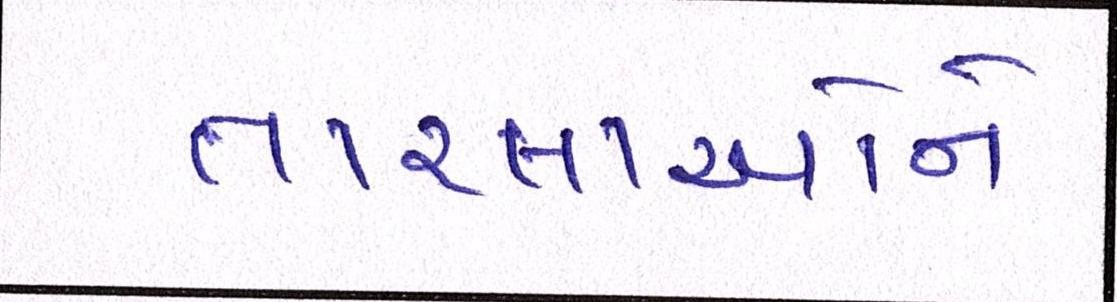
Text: તારલાઓને